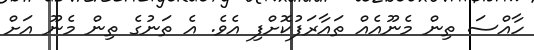
ހާއްސަ ތިން މެނޫއެއް ތައާރަފުކޮށްފި އެވެ. އެ ތަނުގެ ތިން މެނޫ އަށް